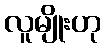
လူမျိုးဟု